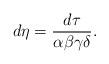
LaTeX: \begin{align*}d\eta =\frac{d\tau}{\alpha\beta\gamma\delta} .\end{align*}